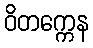
ဝိတက္ကေန